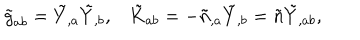
\tilde { g } _ { a b } = \tilde { Y } _ { , a } \tilde { Y } _ { , b } , \tilde { K } _ { a b } = - \tilde { n } _ { , a } \tilde { Y } _ { , b } = \tilde { n } \tilde { Y } _ { , a b } ,